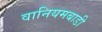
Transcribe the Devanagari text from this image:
वानियमबाडी